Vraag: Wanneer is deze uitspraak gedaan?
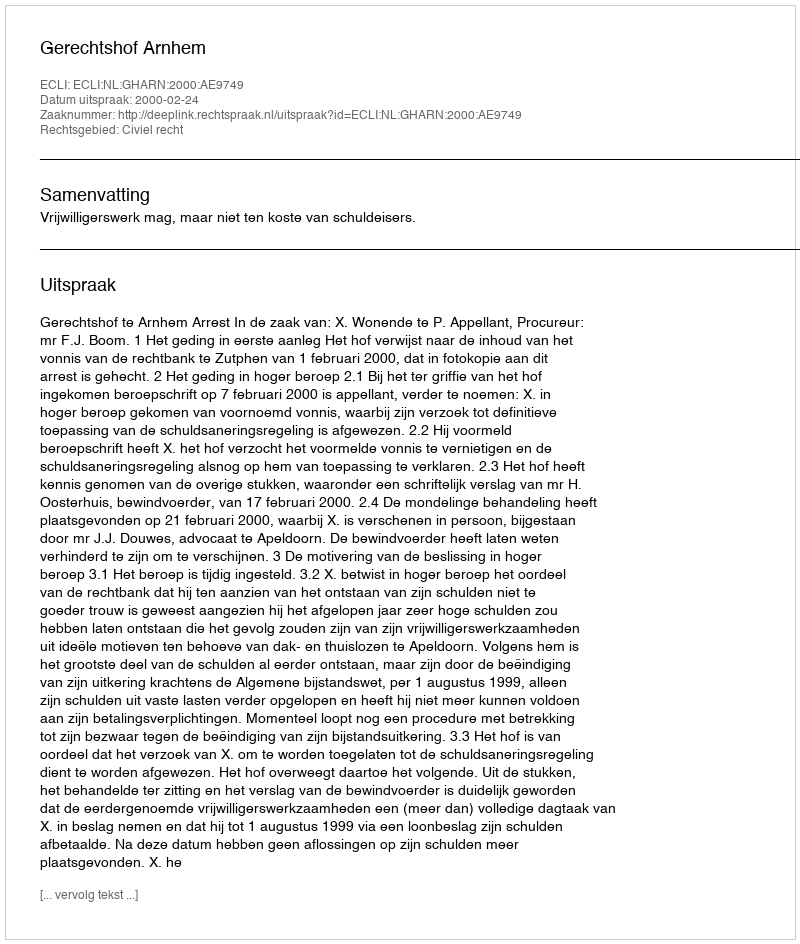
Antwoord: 2000-02-24